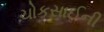
ચોકસાઈની